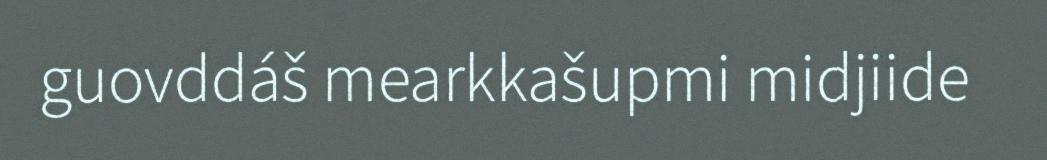
guovddáš mearkkašupmi midjiide